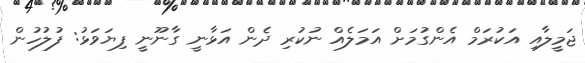
ޖަމީލާއި އަކުރަމް އެންގުމަށް އަމަލެއް ނުކުރި ދެން އަޅާނީ ގާނޫނީ ފިޔަވަޅު: ފުލުހުން